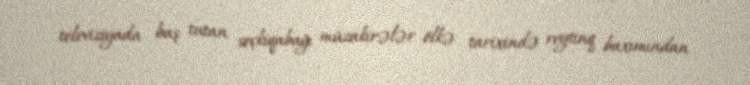
televiziyada baş tutan seçkiqabağı müzakirələr ölkə tarixində reytinq baxımından